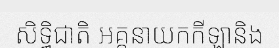
សិទ្ធិជាតិ អគ្គនាយកកីឡានិង